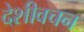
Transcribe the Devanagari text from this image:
देशीवचन